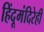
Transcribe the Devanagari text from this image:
हिंदूमंदिरेही